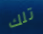
تلك